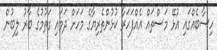
ހިސާބެއްގައި އުޅޭ މަސްތައް އެއްފަހަރާ ކުޅުންތެރިޔާގެ މަހަށް ދަމައި ގަތުމުގެ ބާރު ލިބުން